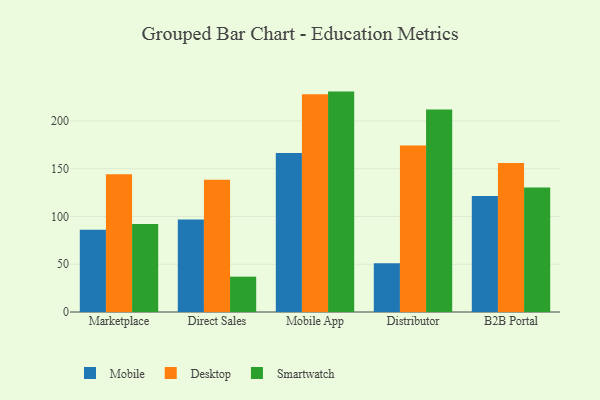
{"axis": {"x": "Channel", "y": "Website Visitors"}, "legend": ["Desktop", "Mobile", "Smartwatch"], "data": [{"x": "Marketplace", "y": 86.0, "type": "Mobile"}, {"x": "Marketplace", "y": 144.2, "type": "Desktop"}, {"x": "Marketplace", "y": 92.0, "type": "Smartwatch"}, {"x": "Direct Sales", "y": 96.9, "type": "Mobile"}, {"x": "Direct Sales", "y": 138.3, "type": "Desktop"}, {"x": "Direct Sales", "y": 37.0, "type": "Smartwatch"}, {"x": "Mobile App", "y": 166.4, "type": "Mobile"}, {"x": "Mobile App", "y": 227.9, "type": "Desktop"}, {"x": "Mobile App", "y": 230.7, "type": "Smartwatch"}, {"x": "Distributor", "y": 51.0, "type": "Mobile"}, {"x": "Distributor", "y": 174.3, "type": "Desktop"}, {"x": "Distributor", "y": 212.0, "type": "Smartwatch"}, {"x": "B2B Portal", "y": 121.4, "type": "Mobile"}, {"x": "B2B Portal", "y": 155.9, "type": "Desktop"}, {"x": "B2B Portal", "y": 130.3, "type": "Smartwatch"}]}